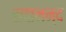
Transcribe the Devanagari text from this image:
सदानन्‍द